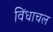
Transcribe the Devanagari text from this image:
विंधाचल